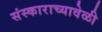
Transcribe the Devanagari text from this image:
संस्काराच्यावेळी